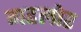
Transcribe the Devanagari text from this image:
गहलोर